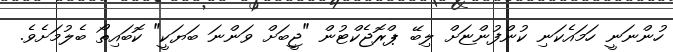
ހުންނަނީ ހަމައެކަނި ކުންފުންޏަށް ލިބޭ ޕްރޮޖެކްޓުން "ޖީބަށް ވަންނަ ބަޔަކީ" ކޮބައިތޯ ބެލުމަށެވެ.